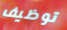
توظيف